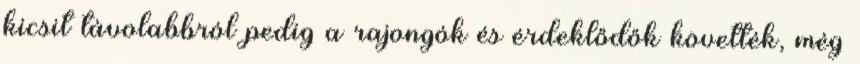
kicsit távolabbról pedig a rajongók és érdeklődők követték, még